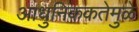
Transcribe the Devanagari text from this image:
आधुनिककतेमुळे